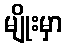
မျိုးမှာ